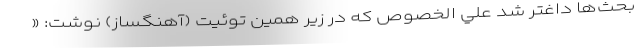
بحث‌ها داغتر شد علي الخصوص که در زير همين توئيت (آهنگساز) نوشت: «